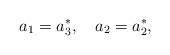
LaTeX: \begin{align*}a_{1}=a_{3}^{\ast},\quad a_{2}=a_{2}^{\ast},\qquad\end{align*}